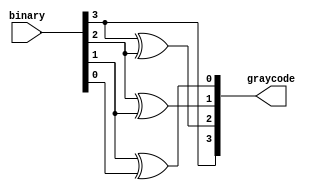
// ---------------------------------------------------------------------------
//  Jelly  -- The platform for real-time computing
//
//                                 Copyright (C) 2008-2020 by Ryuji Fuchikami
//                                 https://github.com/ryuz/jelly.git
// ---------------------------------------------------------------------------



`timescale 1ns / 1ps



// Binary to Graycode
module jelly_func_binary_to_graycode
        #(
            parameter                       WIDTH = 4
        )
        (
            input   wire    [WIDTH-1:0]     binary,
            output  reg     [WIDTH-1:0]     graycode
        );
    
    integer i;
    always @* begin
        graycode[WIDTH-1] = binary[WIDTH-1];
        for ( i = WIDTH - 2; i >= 0; i = i-1 ) begin
            graycode[i] = binary[i+1] ^ binary[i];
        end
    end
    
endmodule


// End of file